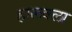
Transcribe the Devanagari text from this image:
हालवला